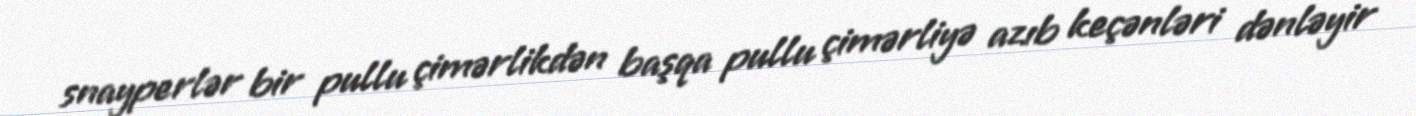
snayperlər bir pullu çimərlikdən başqa pullu çimərliyə azıb keçənləri dənləyir